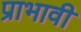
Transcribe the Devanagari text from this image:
प्राभावी